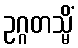
ဥဂ္ဂတသ္မိံ